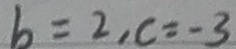
b = 2 , c = - 3